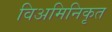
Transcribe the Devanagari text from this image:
विअमिनिकृत